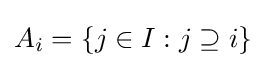
A_{i}=\{j\in I:j\supseteq i\}